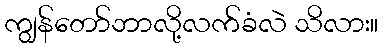
ကျွန်တော်ဘာလို့လက်ခံလဲ သိလား။